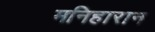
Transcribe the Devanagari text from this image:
मनिहारान